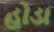
હોડા